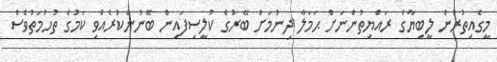
މީގެއިތުރުން ލީބިޔާގެ ރައްޔިތުންނަށް ޙަމަލާ ދިނުމަށް ބޭރުގެ ކުލީސިފައިން ބޭނުންކުރެއްވި ކަމުގެ ތުހުމަތުވެސް